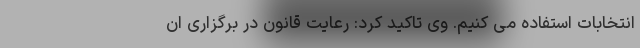
انتخابات استفاده می کنیم. وی تاکید کرد: رعایت قانون در برگزاری ان